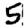
Digit: 5